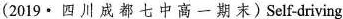
(2019·四 川 成 都七中高一 期末)Self-driving